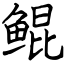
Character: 鲲